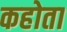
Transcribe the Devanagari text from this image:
कहोता